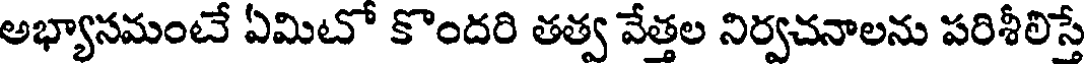
అభ్యానమంటే ఏమిటో కొందరి తత్వ వేత్తల నిర్వచనాలను పరిశీలిస్తే